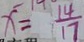
x = \frac { 1 4 } { 1 7 }